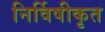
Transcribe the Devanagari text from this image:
निर्विषीकृत